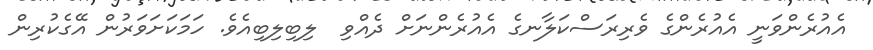
އެއުރެންވަނީ އެއުރެންގެ ވެރިރަސްކަލާނގެ އެއުރެންނަށް ދެއްވި  ލިބިލިބިއެވެ. ހަމަކަށަވަރުން އޭގެކުރިން